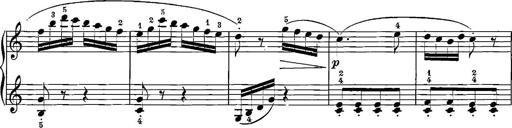
Title: 12 Sonatinas
Composer: Ignaz Pleyel